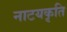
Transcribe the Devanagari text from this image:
नाटयकृति